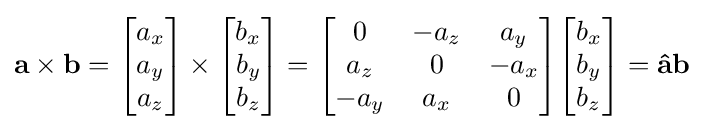
\mathbf {a} \times \mathbf {b} ={\begin{bmatrix}a_{x}\\a_{y}\\a_{z}\end{bmatrix}}\times {\begin{bmatrix}b_{x}\\b_{y}\\b_{z}\end{bmatrix}}={\begin{bmatrix}0&-a_{z}&a_{y}\\a_{z}&0&-a_{x}\\-a_{y}&a_{x}&0\end{bmatrix}}{\begin{bmatrix}b_{x}\\b_{y}\\b_{z}\end{bmatrix}}=\mathbf {\hat {a}} \mathbf {b}